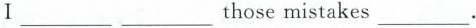
I ___ ___those mistakes___.